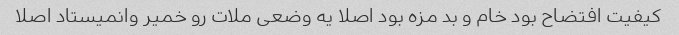
کیفیت افتضاح بود خام و بد مزه بود اصلا یه وضعی ملات رو خمیر وانمیستاد اصلا